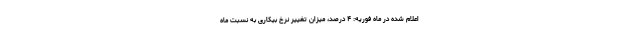
اعلام شده در ماه فوریه: ۴ درصد، میزان تغییر نرخ بیکاری به نسبت ماه